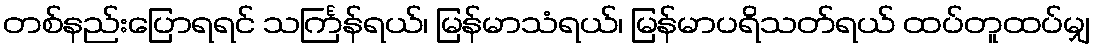
တစ်နည်းပြောရရင် သင်္ကြန်ရယ်၊ မြန်မာသံရယ်၊ မြန်မာပရိသတ်ရယ် ထပ်တူထပ်မျှ